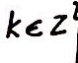
k \in z